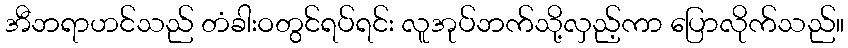
အီဘရာဟင်သည် တံခါးဝတွင်ရပ်ရင်း လူအုပ်ဘက်သို့လှည့်ကာ ပြောလိုက်သည်။